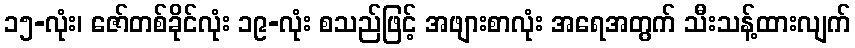
၁၅-လုံး၊ ဇော်တစ်ခိုင်လုံး ၁၉-လုံး စသည်ဖြင့် အဖျားစာလုံး အရေအတွက် သီးသန့်ထားလျက်